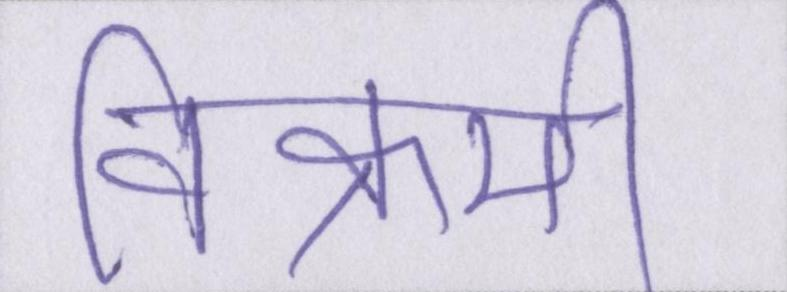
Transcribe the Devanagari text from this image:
विक्रमी